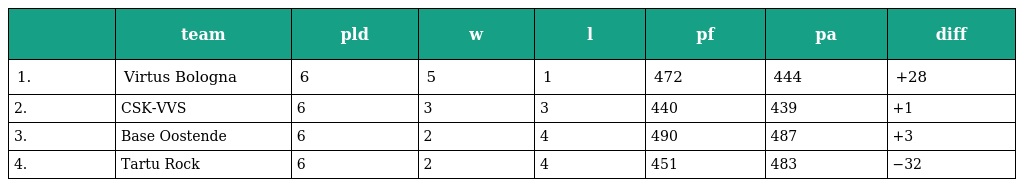
|  | team | pld | w | l | pf | pa | diff |
 | --- | --- | --- | --- | --- | --- | --- | --- |
 | 1. | Virtus Bologna | 6 | 5 | 1 | 472 | 444 | +28 |
 | 2. | CSK-VVS | 6 | 3 | 3 | 440 | 439 | +1 |
 | 3. | Base Oostende | 6 | 2 | 4 | 490 | 487 | +3 |
 | 4. | Tartu Rock | 6 | 2 | 4 | 451 | 483 | −32 |